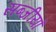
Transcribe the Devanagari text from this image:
सब्जीयाँ